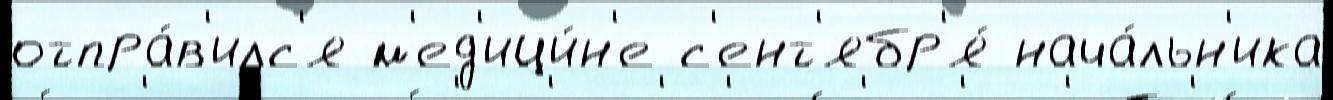
отпра́в'илс'я м'ед'ици́н'е с'ент'ябр'я́ нача́льн'ика